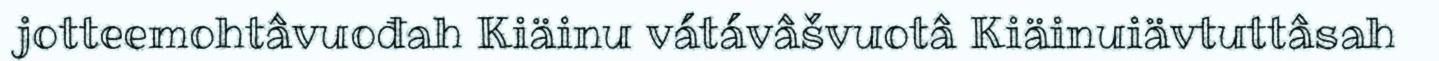
jotteemohtâvuođah Kiäinu vátávâšvuotâ Kiäinuiävtuttâsah